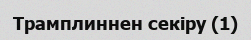
Трамплиннен секіру (1)